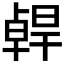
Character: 𠧄